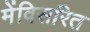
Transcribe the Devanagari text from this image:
मेंविसरित